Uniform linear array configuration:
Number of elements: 24
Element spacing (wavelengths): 1
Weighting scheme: hamming
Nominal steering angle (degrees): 45
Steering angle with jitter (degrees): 44.598
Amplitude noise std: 0.05
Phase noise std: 0.05

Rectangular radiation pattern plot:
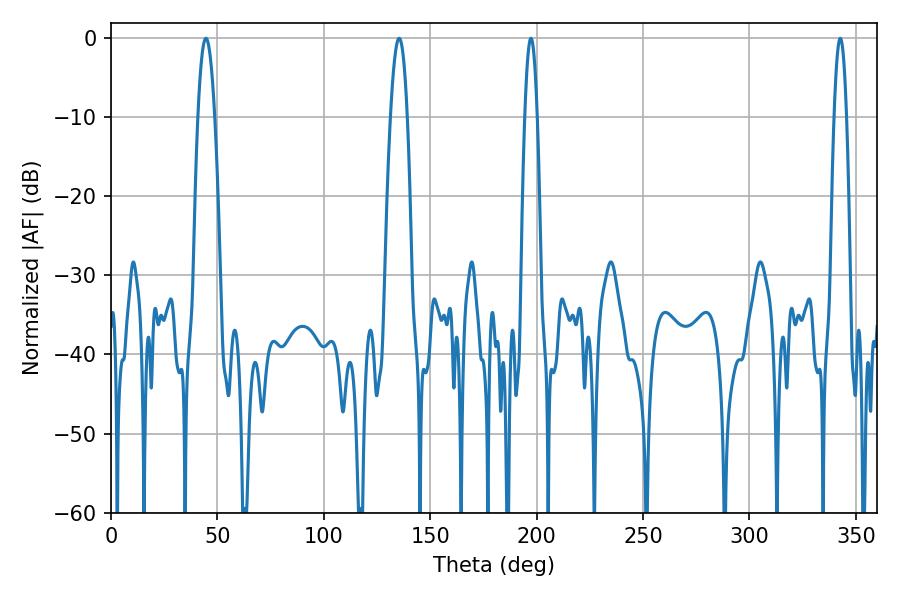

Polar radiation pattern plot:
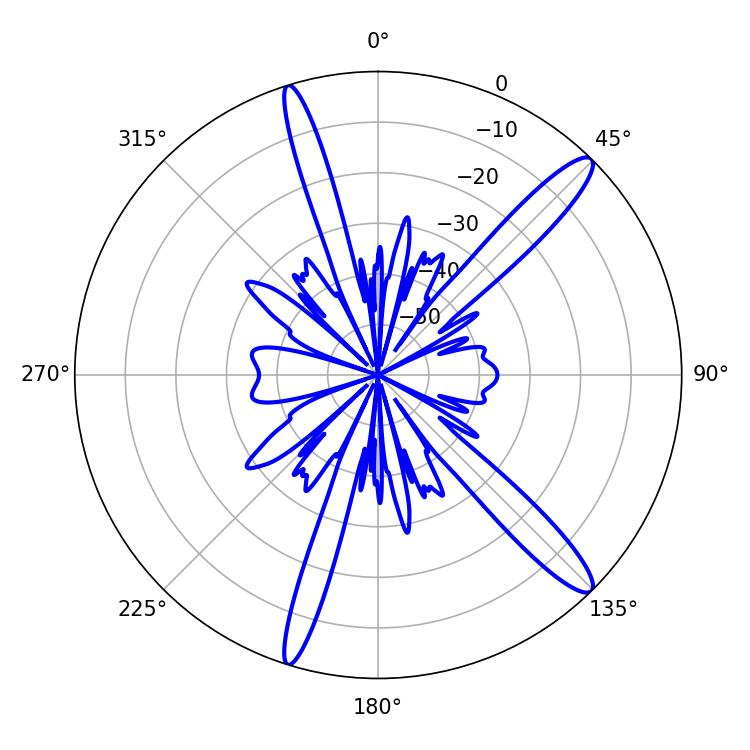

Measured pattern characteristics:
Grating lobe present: TRUE
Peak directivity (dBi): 14.042
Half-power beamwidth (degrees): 4.32
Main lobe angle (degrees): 44.64